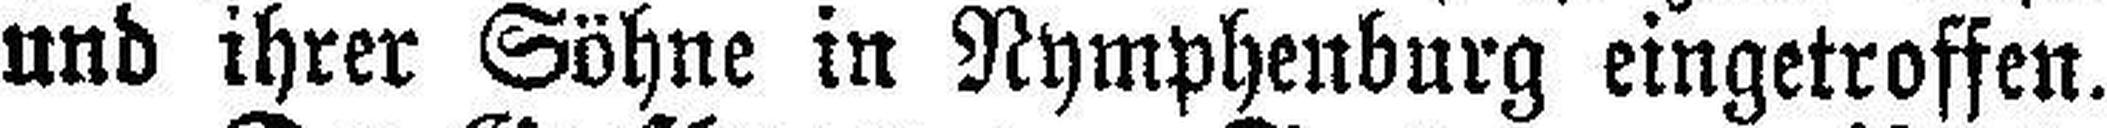
und ihrer Söhne in Nymphenburg eingetroffen.